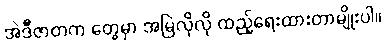
အဲဒီဇာတက တွေမှာ အမြဲလိုလို ထည့်ရေးထားတာမျိုးပါ။